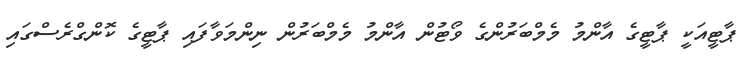
ޕާޓީއަކީ ޕާޓީގެ އާންމު މެމްބަރުންގެ ވޯޓުން އާންމު މެމްބަރުން ނިންމަވާފައި ޕާޓީގެ ކޮންގްރެސްގައި